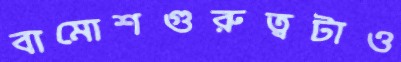
বামোশগুরুত্বটাও